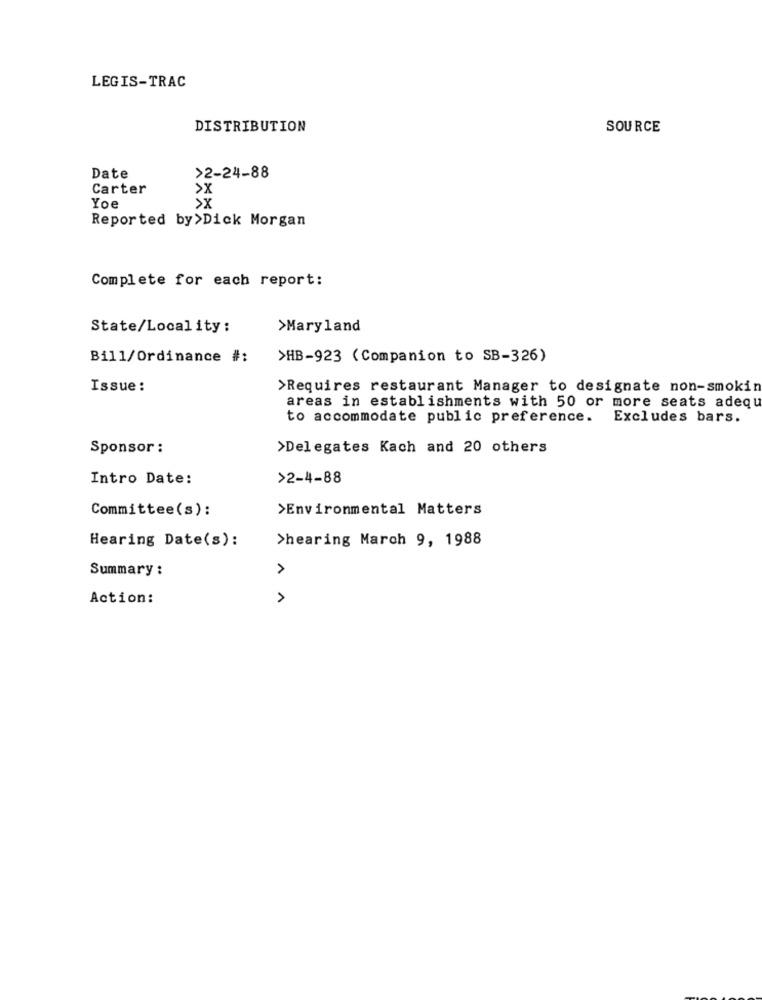
LEGIS-TRAC
DISTRIBUTION
SOURCE
>2-24-88
Date
Carter
>X
>X
Yoe
Reported by>Dick Morgan
Complete for each report:
State/Local ity :
>Maryland
Bill/Ordinance #:
>HB-923 (Companion to SB-326)
Issue:
>Requires restaurant Manager to designate non-smokin
areas in establishments with 50 or more seats adequ
to accommodate public preference.
Excludes bars.
Sponsor :
>Delegates Kach and 20 others
Intro Date:
>2-4-88
Committee(s):
>Environmental Matters
Hearing Date(s):
>hearing March 9, 1988
Summary :
>
Action: